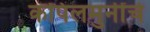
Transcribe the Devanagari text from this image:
कपिलमुनींचे